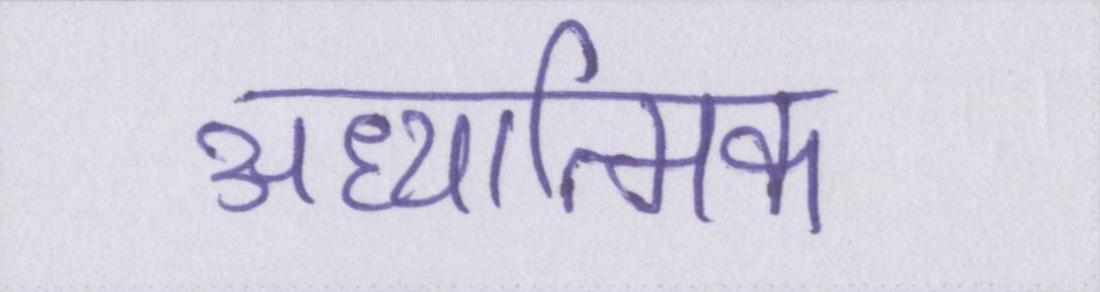
अध्यात्मिक